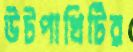
উটপাখিটির